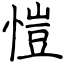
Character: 愷